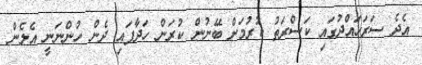
އެދެ ސަރަހައްދުގައި ކަސްރަތު ކުރުމަށް ބޭނުން ކުރަން ހަދާފައި ދެން ހުންނަނީ އެލެން